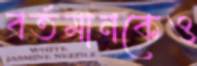
বর্তমানকেও